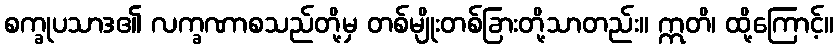
စက္ခုပသာဒ၏ လက္ခဏာစသည်တို့မှ တစ်မျိုးတစ်ခြားတို့သာတည်း။ ဣတိ၊ ထို့ကြောင့်။